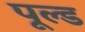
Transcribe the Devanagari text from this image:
पूल्ड